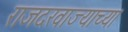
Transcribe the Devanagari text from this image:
राजदरवाज्याच्या